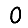
Digit: 0